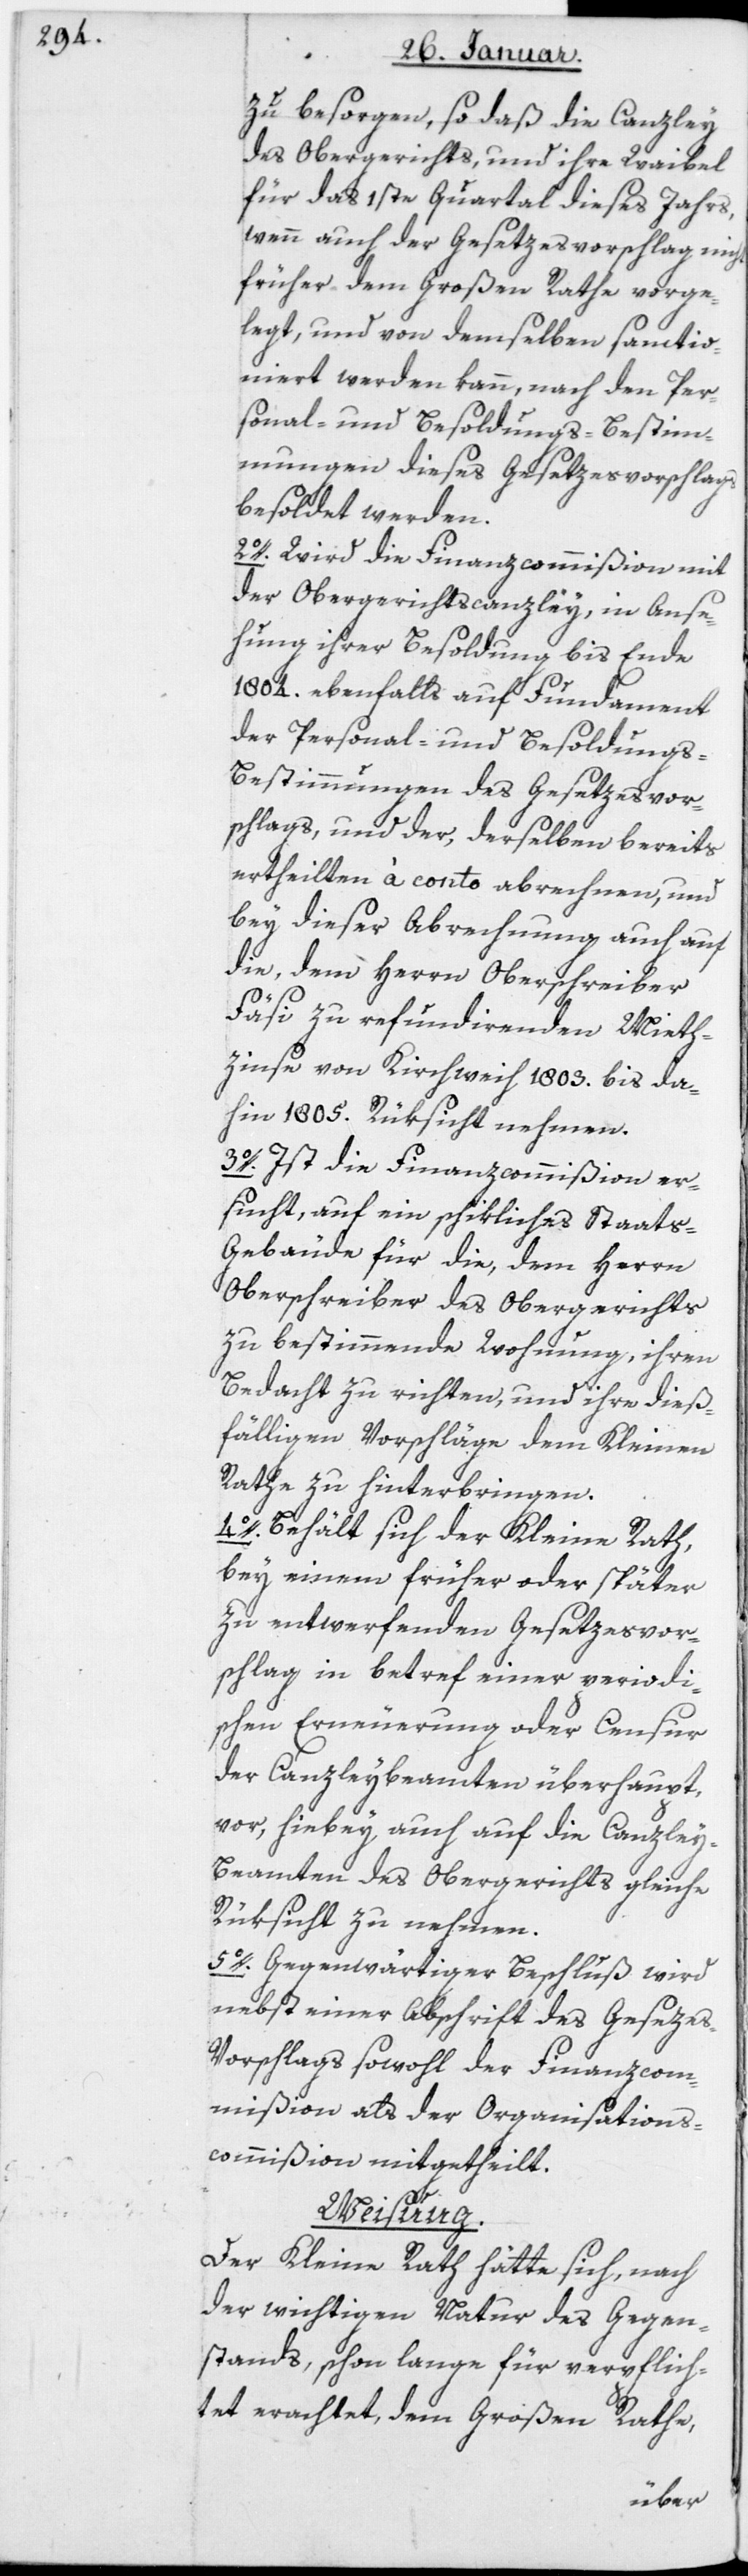
zu besorgen, so daß die Canzley
des Obergerichts, und ihre Waibel
für das 1ste Quartal dieses Jahres,
wenn auch der Gesetzesvorschlag nicht
früher dem Großen Rathe vorge¬
legt, und von demselben sanctio¬
niert werden kann, nach den Per¬
sonal- und Besoldungs-Bestim¬
mungen dieses Gesetzesvorschlags
besoldet werden.
2. Wird die Finanzcommißion mit
der Obergerichtscanzley, in Anse¬
hung ihrer Besoldung bis Ende
1804 ebenfalls auf Fundament
der Personal- und Besoldungs-B¬
estimmungen des Gesetzesvor¬
schlags, und der, derselben bereits
ertheilten à conto abrechnen, und
bey dieser Abrechnung auch auf
die, dem Herrn Oberschreiber
Fäsi zu refundierenden Miet¬
zinse von Kirchweih 1803 bis da¬
hin 1805 Rüksicht nehmen.
3. Ist die Finanzcommißion er¬
sucht, auf ein schikliches Staats-G¬
ebäude für die, dem Herrn
Oberschreiber des Obergerichts
zu bestimmende Wohnung, ihren
Bedacht zu richten, und ihre dieß¬
fälligen Vorschläge dem Kleinen
Rathe zu hinterbringen.
4. Behält sich der Kleine Rath,
bey einem früher oder später
zu entwerfenden Gesetzesvor¬
schlag in Betreff einer periodi¬
schen Erneuerung oder Censur
der Canzleybeamten überhaupt,
vor, hiebey auch auf die Canzle¬
y-Beamten des Obergerichts gleiche
Rüksicht zu nehmen.
5. Gegenwärtiger Beschluß wird
nebst einer Abschrift des Gesetze¬
s-Vorschlags sowohl der Finanzcom¬
mißion als der Organisations¬
commißion mitgetheilt.
Weisung.
Der Kleine Rath hätte sich, nach
der wichtigen Natur des Gegen¬
stands, schon lange für verpflich¬
tet erachtet, dem Großen Rathe,